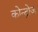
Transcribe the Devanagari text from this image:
कोन्द्रोज